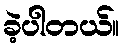
ခဲ့ပါတယ်။